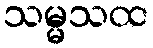
သမ္မသထ